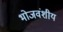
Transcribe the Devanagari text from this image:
भोजवंशीय